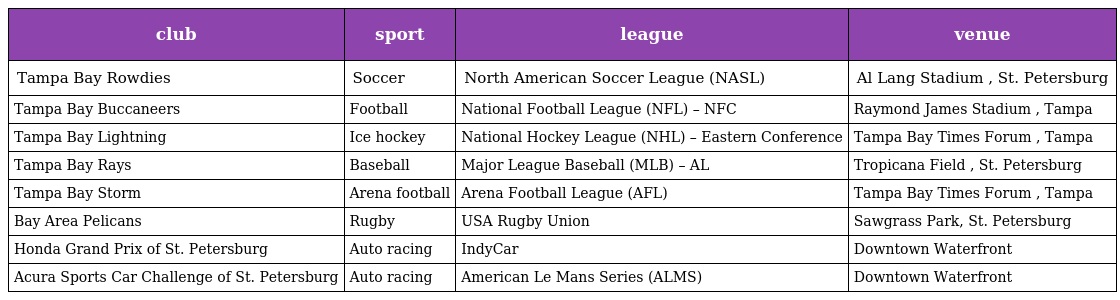
| club | sport | league | venue |
 | --- | --- | --- | --- |
 | Tampa Bay Rowdies | Soccer | North American Soccer League (NASL) | Al Lang Stadium , St. Petersburg |
 | Tampa Bay Buccaneers | Football | National Football League (NFL) – NFC | Raymond James Stadium , Tampa |
 | Tampa Bay Lightning | Ice hockey | National Hockey League (NHL) – Eastern Conference | Tampa Bay Times Forum , Tampa |
 | Tampa Bay Rays | Baseball | Major League Baseball (MLB) – AL | Tropicana Field , St. Petersburg |
 | Tampa Bay Storm | Arena football | Arena Football League (AFL) | Tampa Bay Times Forum , Tampa |
 | Bay Area Pelicans | Rugby | USA Rugby Union | Sawgrass Park, St. Petersburg |
 | Honda Grand Prix of St. Petersburg | Auto racing | IndyCar | Downtown Waterfront |
 | Acura Sports Car Challenge of St. Petersburg | Auto racing | American Le Mans Series (ALMS) | Downtown Waterfront |